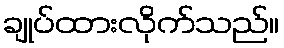
ချုပ်ထားလိုက်သည်။